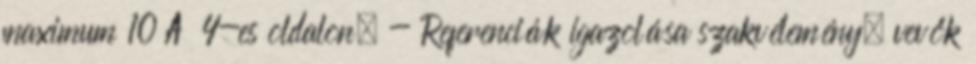
maximum 10 A 4-es oldalon, - Referenciák igazolása szakvélemény, vevők